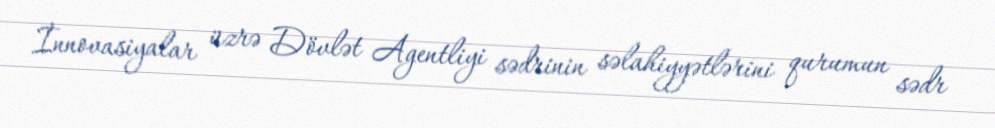
İnnovasiyalar üzrə Dövlət Agentliyi sədrinin səlahiyyətlərini qurumun sədr